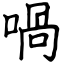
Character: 喎